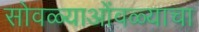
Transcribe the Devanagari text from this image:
सोवळ्याओंवळ्याचा